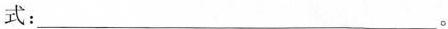
式：___。